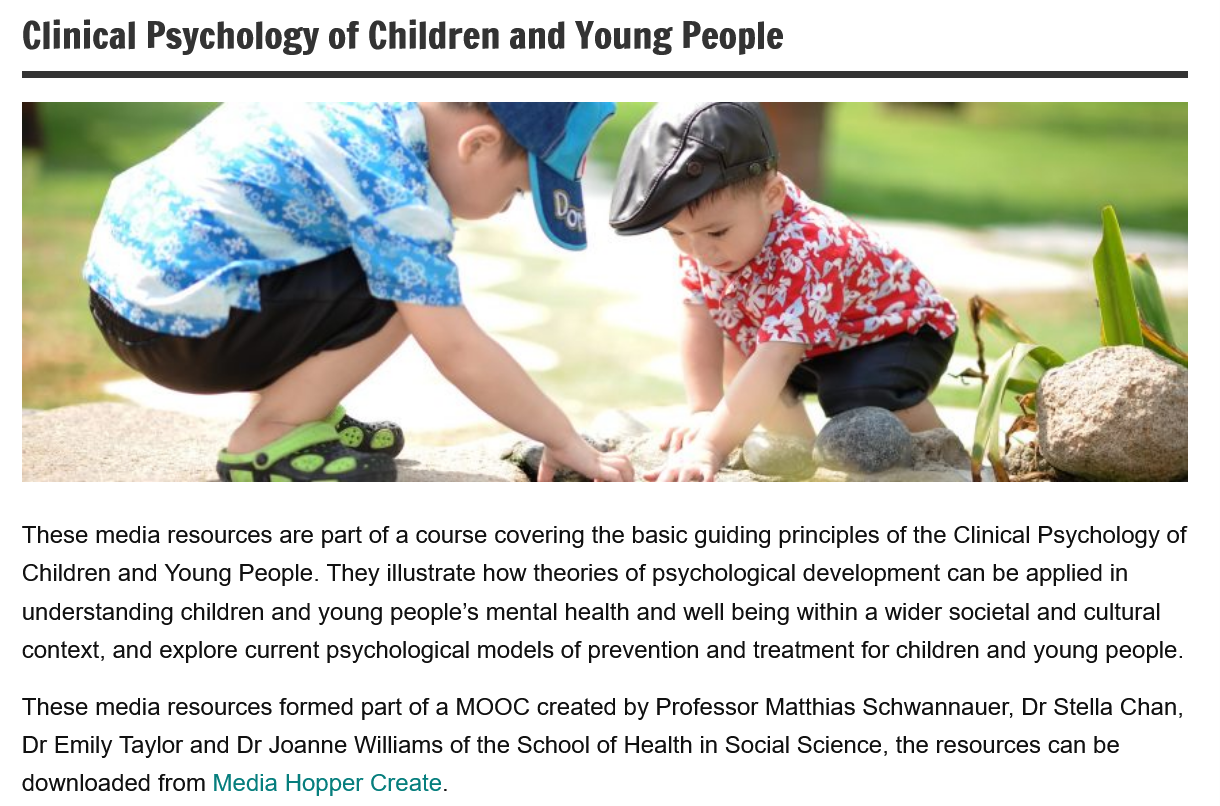
These media resources are part of a course covering the basic guiding principles of the Clinical Psychology of
  Children and Young People. They illustrate how theories of psychological development can be applied in
  understanding children and young people’s mental health and well being within a wider societal and cultural
  context, and explore current psychological models of prevention and treatment for children and young people.
  These media resources formed part of a MOOC created by Professor Matthias Schwannauer, Dr Stella Chan,
  Dr Emily Taylor and Dr Joanne Williams of the School of Health in Social Science, the resources can be
  downloaded from Media Hopper Create.
  Clinical   Psychology    of Children    and  Young    People